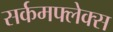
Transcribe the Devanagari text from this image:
सर्कमफ्लेक्स